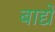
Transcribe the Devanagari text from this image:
बाद्यें